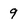
Character: 9